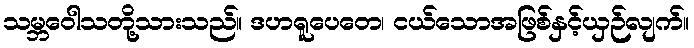
သမ္ဘဝေါသတို့သားသည်။ ဒဟရူပေတေ၊ ငယ်သောအဖြစ်နှင့်ယှဉ်လျက်။